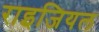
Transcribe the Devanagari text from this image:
राइजियल